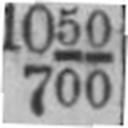
700